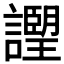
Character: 𧭅